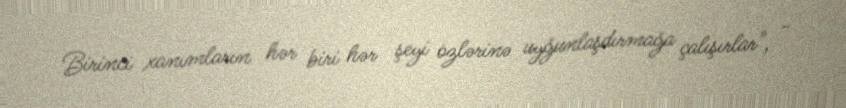
Birinci xanımların hər biri hər şeyi özlərinə uyğunlaşdırmağa çalışırlar", -